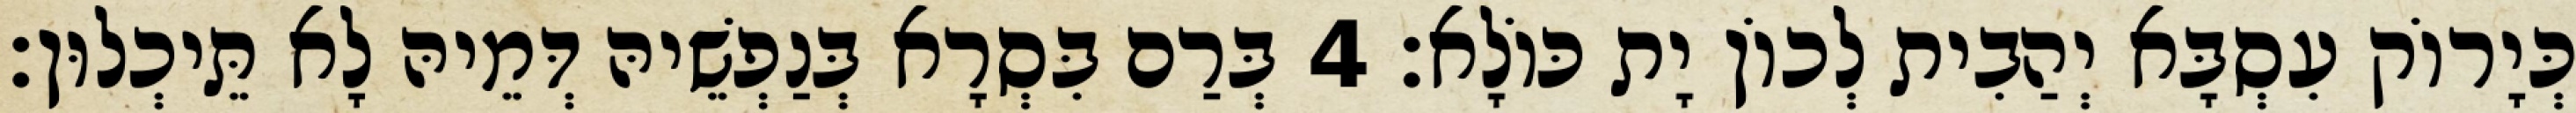
כְּיָרוֹק עִסְבָּא יְהַבִית לְכוֹן יָת כּוֹלָא׃ 4 בְּרַם בִּסְרָא בְּנַפְשֵׁיהּ דְּמֵיהּ לָא תֵּיכְלוּן׃